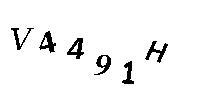
V4491H